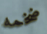
ضخمه